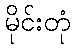
မိုင်းတုံ